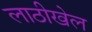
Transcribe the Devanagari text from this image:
लाठीखेल